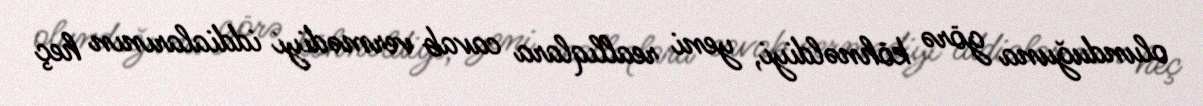
olunduğuna görə köhnəldiyi, yeni reallıqlara cavab vermədiyi iddialarının heç